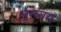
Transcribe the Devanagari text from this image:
मुख्यमं